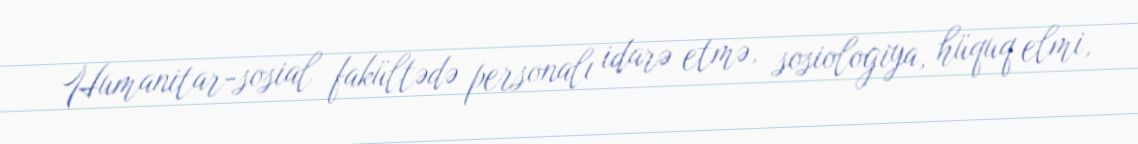
Humanitar-sosial fakültədə personalı idarə etmə, sosiologiya, hüquq elmi,